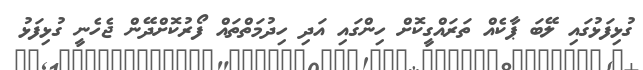
ގުޅިފަޅުގައި ލޭބަ ޕާކެއް ތަރައްގީކޮށް ހިންގައި އަދި ހިދުމަތްތައް ފޯރުކޮށްދޭން ޖެހެނީ ގުޅިފަޅު